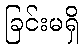
ခြင်းမရှိ